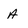
Character: A